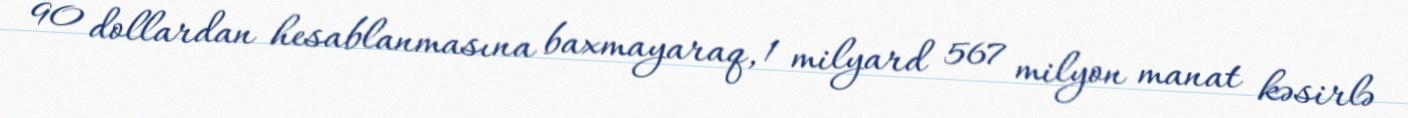
90 dollardan hesablanmasına baxmayaraq, 1 milyard 567 milyon manat kəsirlə